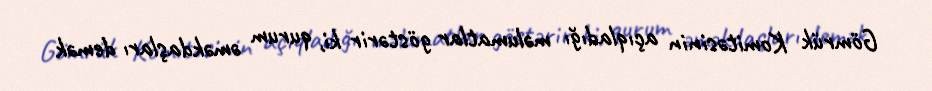
Gömrük Komitəsinin açıqladığı məlumatlar göstərir ki, qurum əməkdaşları demək